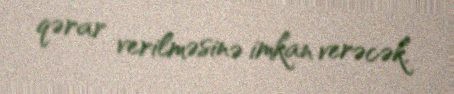
qərar verilməsinə imkan verəcək.